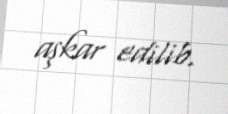
aşkar edilib.